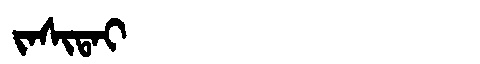
Manchu: ᠵᠠᠰᡳᡨᠠᡳ
Romanization: JASITAI